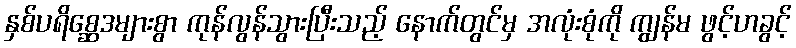
နှစ်ပရိစ္ဆေဒများစွာ ကုန်လွန်သွားပြီးသည့် နောက်တွင်မှ အလုံးစုံကို ကျွန်မ ဖွင့်ဟခွင့်